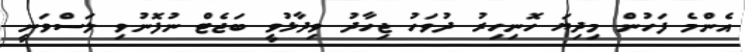
އެންމެ ފަހުން މިދިޔަ ހޮނިހިރު ދުވަހު ޖިހާދު ވިދާޅުވީ ބަޖެޓް ނުފޮނުވި ލަސްވަނީ